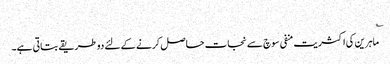
؎
ماہرین کی اکثریت منفی سوچ سے نجات حاصل کرنے کے لئے دو طریقے بتاتی ہے۔